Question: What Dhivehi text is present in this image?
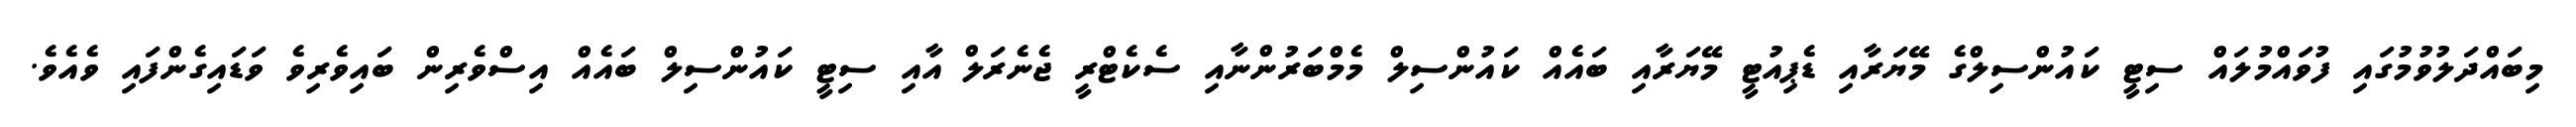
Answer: މިބައްދަލުވުމުގައި ފުވައްމުލައް ސިޓީ ކައުންސިލްގެ މޭޔަރާއި ޑެޕިއުޓީ މޭޔަރާއި ބައެއް ކައުންސިލް މެމްބަރުންނާއި ސެކެޓްރީ ޖެނެރަލް އާއި ސިޓީ ކައުންސިލް ބައެއް އިސްވެރިން ބައިވެރިވެ ވަޑައިގެންފައި ވެއެވެ.